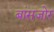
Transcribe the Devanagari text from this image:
बांसजोर